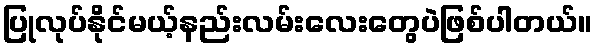
ပြုလုပ်နိုင်မယ့်နည်းလမ်းလေးတွေပဲဖြစ်ပါတယ်။